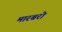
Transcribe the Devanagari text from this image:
मारबरो